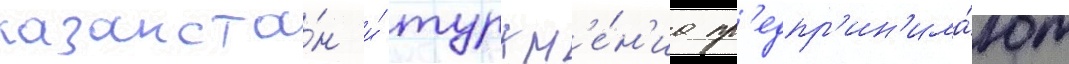
казахста́н и́ туркм'е́н'иа пр'едпр'ин'има́ют